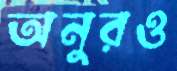
অনুরও